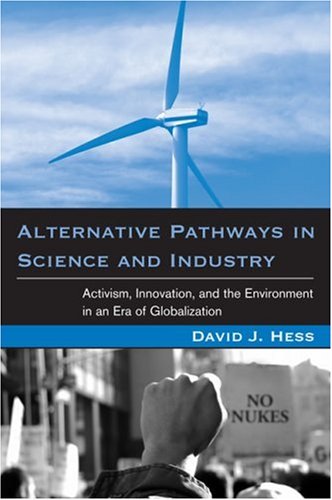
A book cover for Alternative Pathways in Science and Industry: Activism, Innovation, and the Environment in an Era of Globalization (Urban and Industrial Environments); David J. Hess; Business & Money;